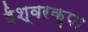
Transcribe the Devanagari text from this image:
ईश्वरकृपा